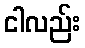
ငါလည်း